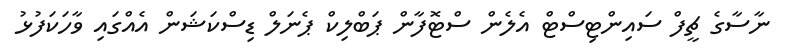
ނާސާގެ ޗީފް ސައިންޓިސްޓް އެލެން ސްޓޮފާން ޕަބްލިކް ޕެނަލް ޑިސްކަޝަން އެއްގައި ވާހަކަފުޅު